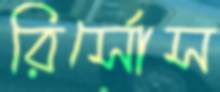
রির্সোস